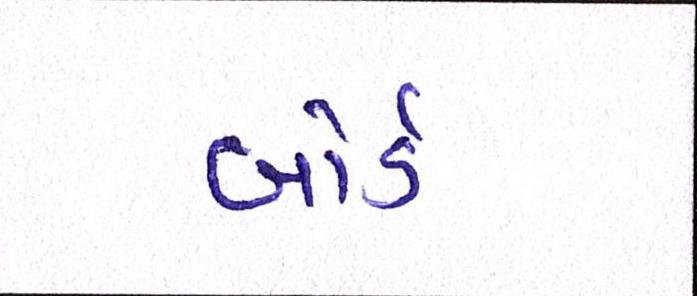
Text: બોર્ડ